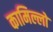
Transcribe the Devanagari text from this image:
कामिल्लो